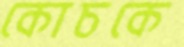
কোচকে